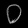
Digit: ၀